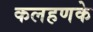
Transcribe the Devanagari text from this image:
कलहणके